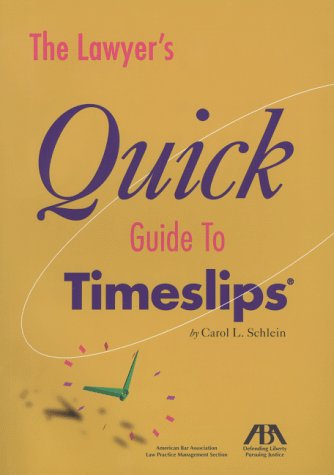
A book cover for The Lawyers Quick Guide to Timeslips; Carol L. Schlein; Law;